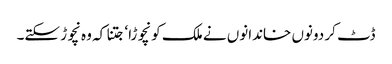
ڈٹ کر دونوں خاندانوں نے ملک کو نچوڑا‘ جتنا کہ وہ نچوڑ سکتے۔